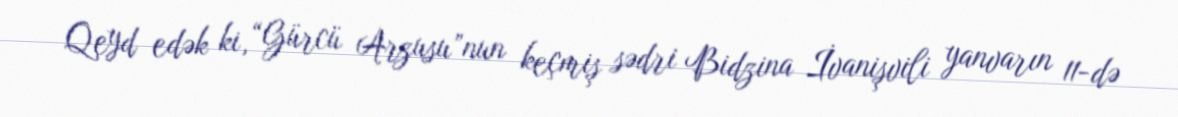
Qeyd edək ki, “Gürcü Arzusu”nun keçmiş sədri Bidzina İvanişvili yanvarın 11-də